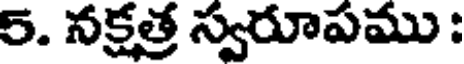
5. నక్షత్ర స్వరూపము :